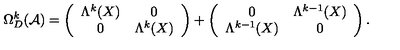
\Omega _ { D } ^ { k } ( { \cal A } ) = \left( \begin{array} { c c } { \Lambda ^ { k } ( X ) } & { 0 } \\ { 0 } & { \Lambda ^ { k } ( X ) } \\ \end{array} \right) + \left( \begin{array} { c c } { 0 } & { \Lambda ^ { k - 1 } ( X ) } \\ { \Lambda ^ { k - 1 } ( X ) } & { 0 } \\ \end{array} \right) .